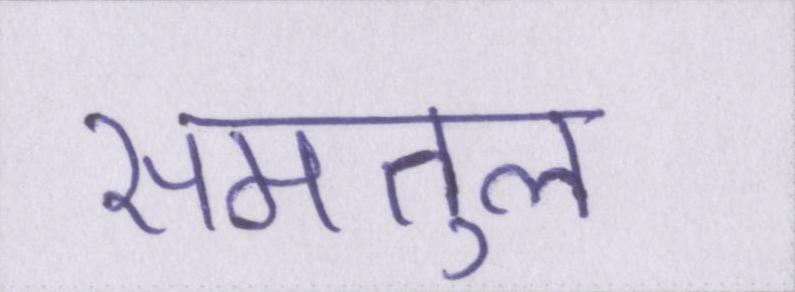
समतुल